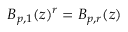
B _ { p , 1 } ( z ) ^ { r } = B _ { p , r } ( z )